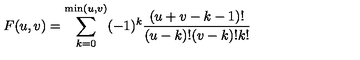
F ( u , v ) = \sum _ { k = 0 } ^ { \mathrm { m i n } ( u , v ) } ( - 1 ) ^ { k } \frac { ( u + v - k - 1 ) ! } { ( u - k ) ! ( v - k ) ! k ! }